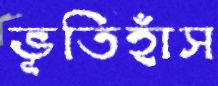
ভূতিহাঁস